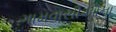
ગામવાસીઓના